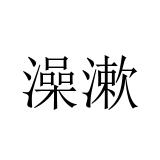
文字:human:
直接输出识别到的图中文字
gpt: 澡漱